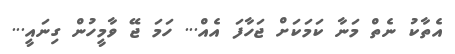
އެތާކު ނެތް މަނާ ކަމަކަށް ޖަހާފަ އެއް... ހަމަ ޖޭ ވާމީހުން ގިނައީ...